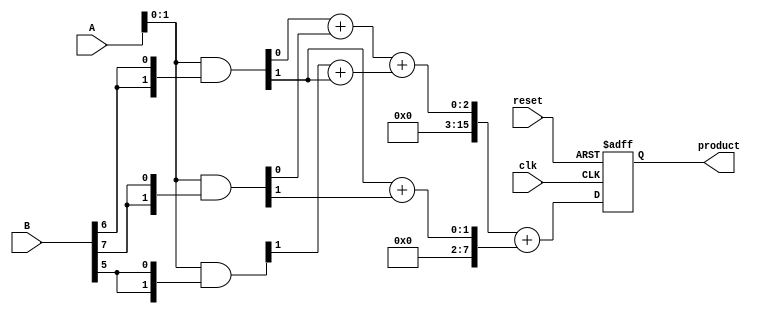
module multi_precision_wallace_tree_multiplier #(
    parameter WIDTH = 8 // Width of the operands
)(
    input [WIDTH-1:0] A, // Multiplicand
    input [WIDTH-1:0] B, // Multiplier
    input clk,           // Clock signal for synchronous design
    input reset,         // Reset signal
    output reg [2*WIDTH-1:0] product // Final product
);

    // Partial product array
    wire [WIDTH-1:0] pp [WIDTH-1:0]; // Partial products

    // Generate partial products
    genvar i;
    generate
        for (i = 0; i < WIDTH; i = i + 1) begin : pp_gen
            assign pp[i] = A & {WIDTH{B[i]}}; // AND operation to generate partial products
        end
    endgenerate

    // Wallace tree reduction
    wire [2*WIDTH-1:0] sum [WIDTH-1:0];
    wire [WIDTH-1:0] carry [WIDTH-1:0];

    // Stage 1: Combine partial products using half and full adders
    generate
        for (i = 0; i < WIDTH-1; i = i + 1) begin : reduction_stage1
            if (i == 0) begin
                assign sum[i] = pp[i][0] + pp[i+1][0];
                assign carry[i] = pp[i][1] + pp[i+1][1];
            end else begin
                assign sum[i] = pp[i][0] + pp[i+1][0] + carry[i-1];
                assign carry[i] = pp[i][1] + pp[i+1][1];
            end
        end
    endgenerate

    // Stage 2: Continue reduction
    wire [2*WIDTH-1:0] final_sum;
    wire [WIDTH-1:0] final_carry;

    assign final_sum = sum[WIDTH-2] + carry[WIDTH-2];

    // Final addition to produce the product
    always @(posedge clk or posedge reset) begin
        if (reset) begin
            product <= 0;
        end else begin
            product <= final_sum; // Store the final product
        end
    end

endmodule